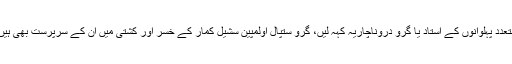
متعدد پہلوانوں کے استاد یا گرو دروناچاریہ کہہ لیں، گرو ستپال اولمپین سُشیل کمار کے خسر اور کشتی میں ان کے سرپرست بھی ہیں۔